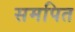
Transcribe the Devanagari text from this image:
समपित